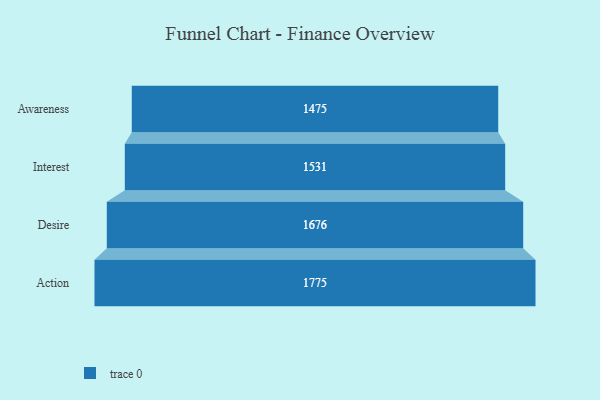
{"axis": {"x": "Stage", "y": "Value"}, "legend": [""], "data": [{"x": "Awareness", "y": 1475.0, "type": ""}, {"x": "Interest", "y": 1531.0, "type": ""}, {"x": "Desire", "y": 1676.0, "type": ""}, {"x": "Action", "y": 1775.0, "type": ""}]}